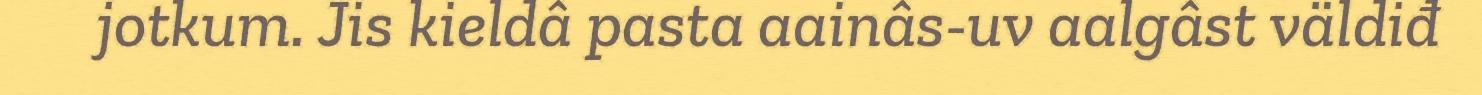
jotkum. Jis kieldâ pasta aainâs-uv aalgâst väldiđ